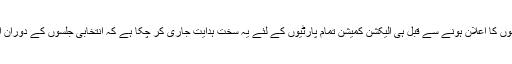
واضح رہے کہ انتخابات کی تاریخوں کا اعلان ہونے سے قبل ہی الیکشن کمیشن تمام پارٹیوں کے لئے یہ سخت ہدایت جاری کر چکا ہے کہ انتخابی جلسوں کے دوران ائیر اسٹرائیک کا ذکر نہ کیا جائے۔